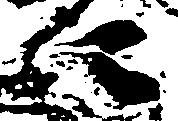
に